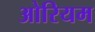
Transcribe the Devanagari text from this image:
ओरियम